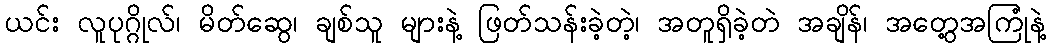
ယင်း လူပုဂ္ဂိုလ်၊ မိတ်ဆွေ၊ ချစ်သူ များနဲ့ ဖြတ်သန်းခဲ့တဲ့၊ အတူရှိခဲ့တဲ အချိန်၊ အတွေ့အကြုံနဲ့